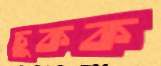
চুকক